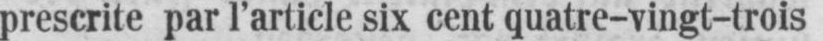
prescrite par l’article six cent quatre-vingt-trois